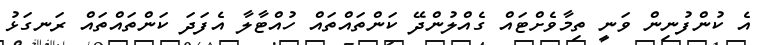
އެ ކުންފުނިން ވަނީ ތިމާވެށްޓައް ގެއްލުންދޭ ކަންތައްތައް ހުއްޓާލާ އެފަދަ ކަންތައްތައް ރަނގަޅު